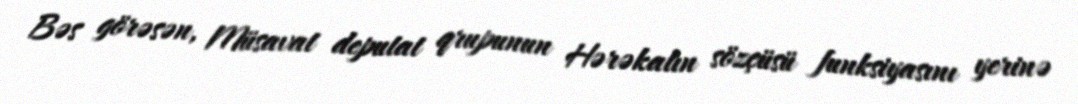
Bəs görəsən, Müsavat deputat qrupunun Hərəkatın sözçüsü funksiyasını yerinə